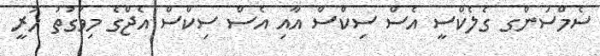
ސެމްސަންގ ގެލެކްސީ އެސް ސިކްސް އާއި އެސް ސިކްސް އެޖްގެ މިވަގުތު ހުރީ